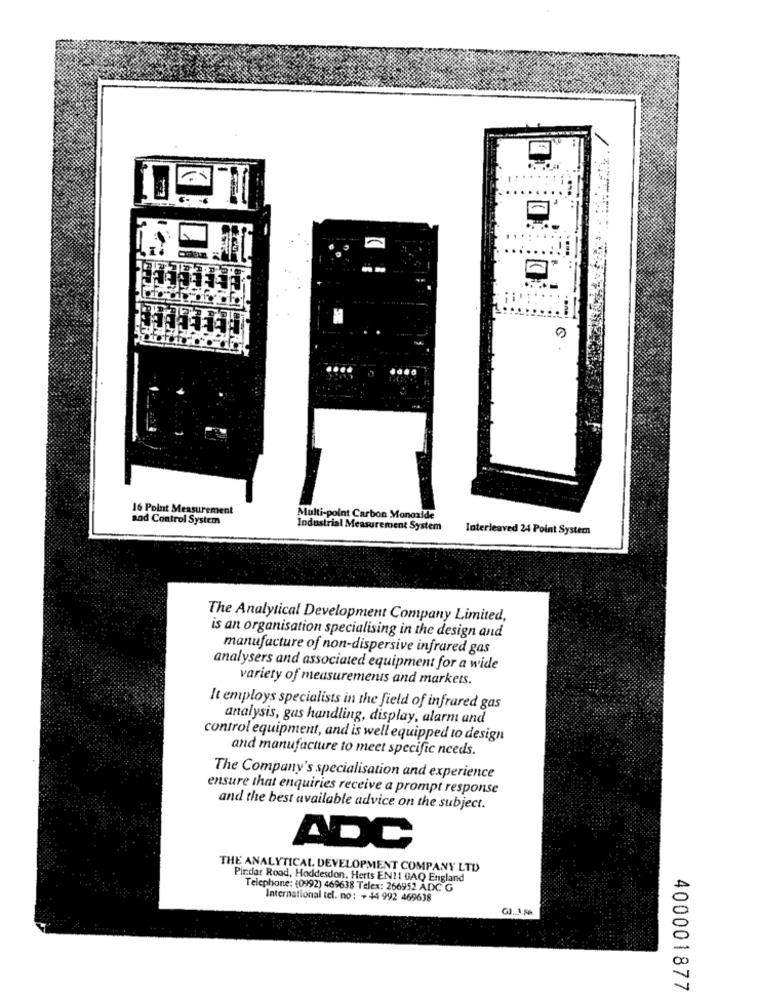
16 Point Measurement
sod Control System
Multi-point Carbon Monoxide
Industrial Measurement System
Interleaved 24 Point Systern
The Analytical Development Company Limited,
is an organisation specialising in the design and
manufacture of non-dispersive infrared gas
analysers and associated equipment for a wide
variety of measurements and markets.
It employs specialists in the field of infrared gas
analysis, gas handling, display, alarm and
control equipment, and is well equipped to design
and manufacture to meet specific needs.
The Company's specialisation and experience
ensure that enquiries receive a prompt response
and the best available advice on the subject.
ADC
THE ANALYTICAL DEVELOPMENT COMPANY LTD
Pindar Rood, Hoddesdon. Herts EN11 GAQ England
Telephone: (0992) 469638 Telex: 266952 ADC G
International tel. no: + 44 992 469638
400001877